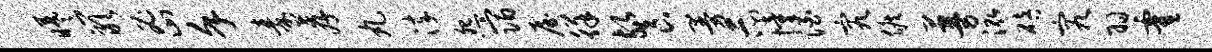
曦岩密堇秦荐丸淬怨宿屋徉餐曼示憧酒究候蔓泓碚究羽霍